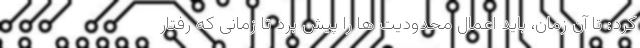
کرد: تا آن زمان، باید اعمال محدودیت ها را پیش برد تا زمانی که رفتار